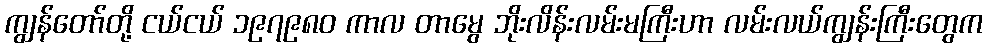
ကျွန်တော်တို့ ငယ်ငယ် ၁၉၇၉၈၀ ကာလ တာမွေ ဘိုးလိန်းလမ်းမကြီးဟာ လမ်းလယ်ကျွန်းကြီးတွေက